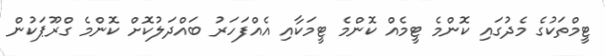
ޓީމްތަކުގެ މެދުގައި ކޮންމެ ޓީމެއް ކޮންމެ ޓީމަކާއި އެއްފަހަރު ބައްދަލުކޮށް ކޮންމެ ގްރޫޕަކުން